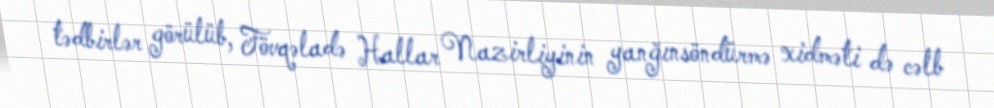
tədbirlər görülüb, Fövqəladə Hallar Nazirliyinin yanğınsöndürmə xidməti də cəlb